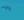
رايلي